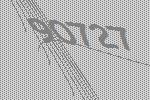
90727